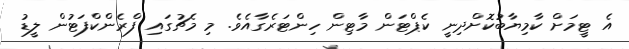
އެ ޓީމަށް ކާމިޔާބުކޮށްދިނީ ކެޕްޓަން މާޓިން ހިންޓަރެގާއެވެ. މި މެޗުގައި ފްރެންކްފަޓުން ލީޑު